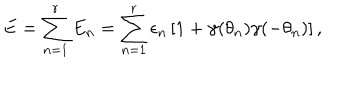
E = \sum _ { n = 1 } ^ { r } E _ { n } = \sum _ { n = 1 } ^ { r } \epsilon _ { n } \left[ 1 + \gamma ( \theta _ { n } ) \gamma ( - \theta _ { n } ) \right] ,